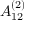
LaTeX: { A } _ { 1 2 } ^ { ( 2 ) }